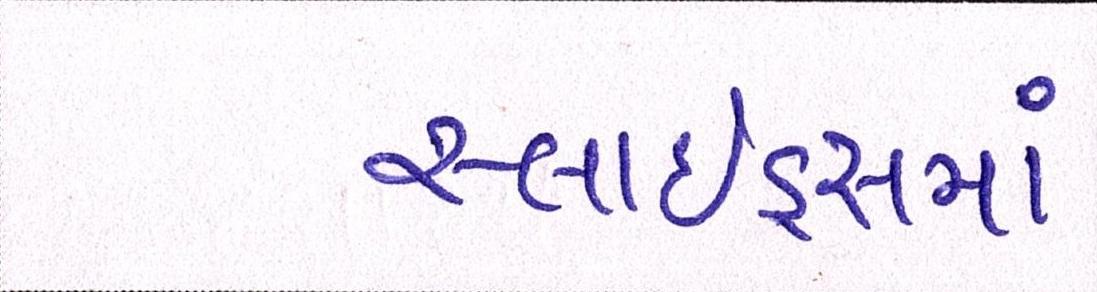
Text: સ્લાઇડ્સમાં